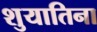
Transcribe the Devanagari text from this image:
शुयातिना